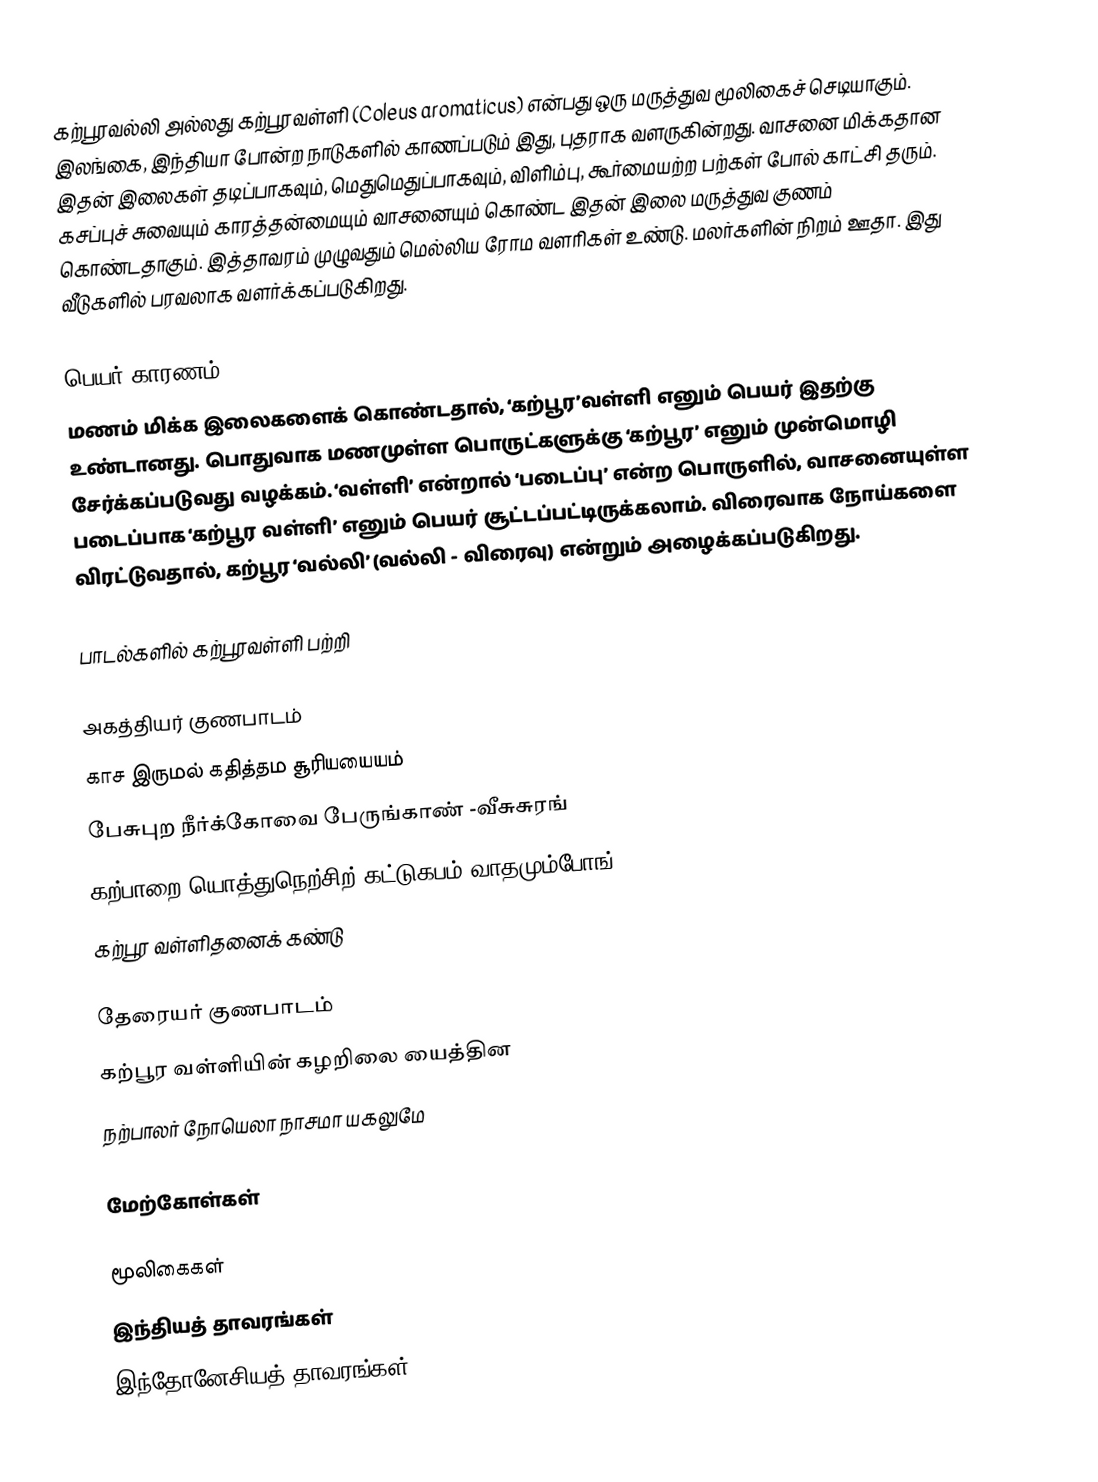
கற்பூரவல்லி அல்லது கற்பூரவள்ளி (Coleus aromaticus) என்பது ஒரு மருத்துவ மூலிகைச் செடியாகும். இலங்கை, இந்தியா போன்ற நாடுகளில் காணப்படும் இது, புதராக வளருகின்றது. வாசனை மிக்கதான இதன் இலைகள் தடிப்பாகவும், மெதுமெதுப்பாகவும், விளிம்பு, கூர்மையற்ற பற்கள் போல் காட்சி தரும்.  கசப்புச் சுவையும் காரத்தன்மையும் வாசனையும் கொண்ட இதன் இலை மருத்துவ குணம் கொண்டதாகும். இத்தாவரம் முழுவதும் மெல்லிய ரோம வளரிகள் உண்டு. மலர்களின் நிறம் ஊதா. இது வீடுகளில் பரவலாக வளர்க்கப்படுகிறது.

பெயர் காரணம்
மணம் மிக்க இலைகளைக் கொண்டதால், ‘கற்பூர’வள்ளி எனும் பெயர் இதற்கு உண்டானது. பொதுவாக மணமுள்ள பொருட்களுக்கு ‘கற்பூர’ எனும் முன்மொழி சேர்க்கப்படுவது வழக்கம். ‘வள்ளி’ என்றால் ‘படைப்பு’ என்ற பொருளில், வாசனையுள்ள படைப்பாக ‘கற்பூர வள்ளி’ எனும் பெயர் சூட்டப்பட்டிருக்கலாம். விரைவாக நோய்களை விரட்டுவதால், கற்பூர ‘வல்லி’ (வல்லி - விரைவு) என்றும் அழைக்கப்படுகிறது.

பாடல்களில் கற்பூரவள்ளி பற்றி

அகத்தியர் குணபாடம்
காச இருமல் கதித்தம சூரியயையம்
பேசுபுற நீர்க்கோவை பேருங்காண் -வீசுசுரங்
கற்பாறை யொத்துநெற்சிற் கட்டுகபம் வாதமும்போங்
கற்பூர வள்ளிதனைக் கண்டு

தேரையர் குணபாடம்
கற்பூர வள்ளியின் கழறிலை யைத்தின
நற்பாலர் நோயெலா நாசமா யகலுமே

மேற்கோள்கள்

மூலிகைகள்
இந்தியத் தாவரங்கள்
இந்தோனேசியத் தாவரங்கள்